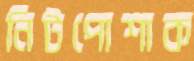
নিটপোশাক